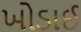
ખોડાઈ